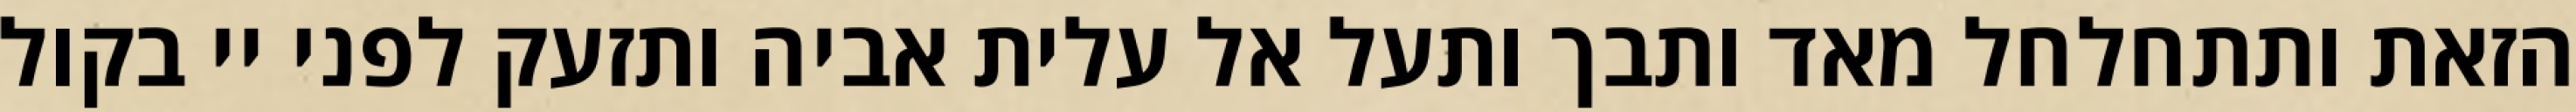
הזאת ותתחלחל מאד ותבך ותעל אל עלית אביה ותזעק לפני יי בקול